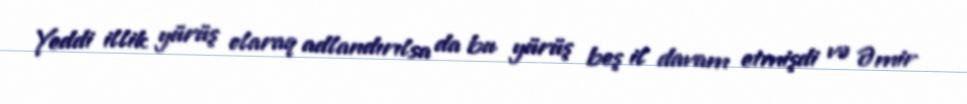
Yeddi illik yürüş olaraq adlandırılsa da bu yürüş beş il davam etmişdi və Əmir